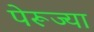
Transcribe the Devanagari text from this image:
पेरूज्या